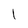
Character: l